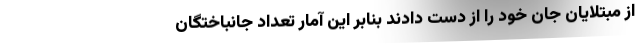
از مبتلایان جان خود را از دست دادند بنابر این آمار تعداد جانباختگان